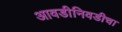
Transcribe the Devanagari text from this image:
आवडीनिवडीचा